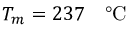
T _ { m } = 2 3 7 \textrm { ~ \textdegree C }